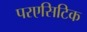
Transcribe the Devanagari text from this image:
परएसिटिक